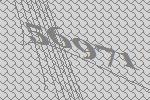
56971